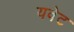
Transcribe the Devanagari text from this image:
यवेट